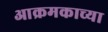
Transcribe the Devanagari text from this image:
आक्रमकाच्या